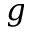
g